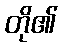
တို၏